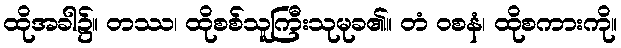
ထိုအခါ၌။ တဿ၊ ထိုစစ်သူကြီးသုမုခ၏။ တံ ဝစနံ၊ ထိုစကားကို။